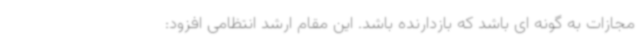
مجازات به گونه ای باشد که بازدارنده باشد. این مقام ارشد انتظامی افزود: